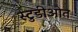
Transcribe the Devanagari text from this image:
स्टुडीओत